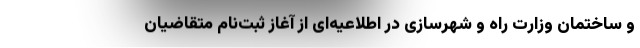
و ساختمان وزارت راه و شهرسازی در اطلاعیه‌ای از آغاز ثبت‌نام متقاضیان